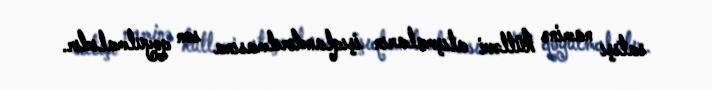
satışı naminə kütləvi atışmaların işıqlandırılmasına son qoyulmalıdır.